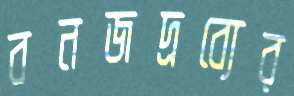
বনজদ্রব্যের